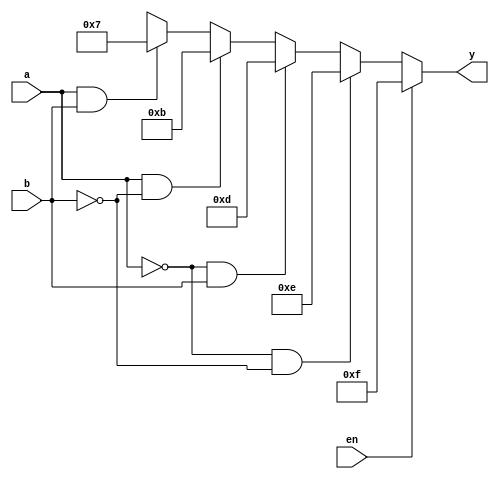
module decoder24(en,a,b,y);

   input en,a,b;

 
   output reg [3:0]y;
  
   
   always @(en,a,b)
     begin
      
       if(en==0)
         begin
           if(a==1'b0 & b==1'b0) y=4'b1110;
           else if(a==1'b0 & b==1'b1) y=4'b1101;
           else if(a==1'b1 & b==1'b0) y=4'b1011;
           else if(a==1 & b==1) y=4'b0111;
           else y=4'bxxxx;
         end
       else
        y=4'b1111;
     end
endmodule